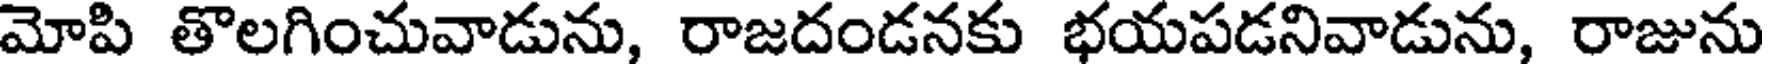
మోపి తొలగించువాడును, రాజదండనకు భయపడనివాడును, రాజును